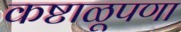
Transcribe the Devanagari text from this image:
कष्टाळूपणा